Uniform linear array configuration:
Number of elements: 64
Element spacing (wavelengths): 1
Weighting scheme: hamming
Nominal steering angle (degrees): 45
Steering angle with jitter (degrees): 44.678
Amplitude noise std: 0.05
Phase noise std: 0.05

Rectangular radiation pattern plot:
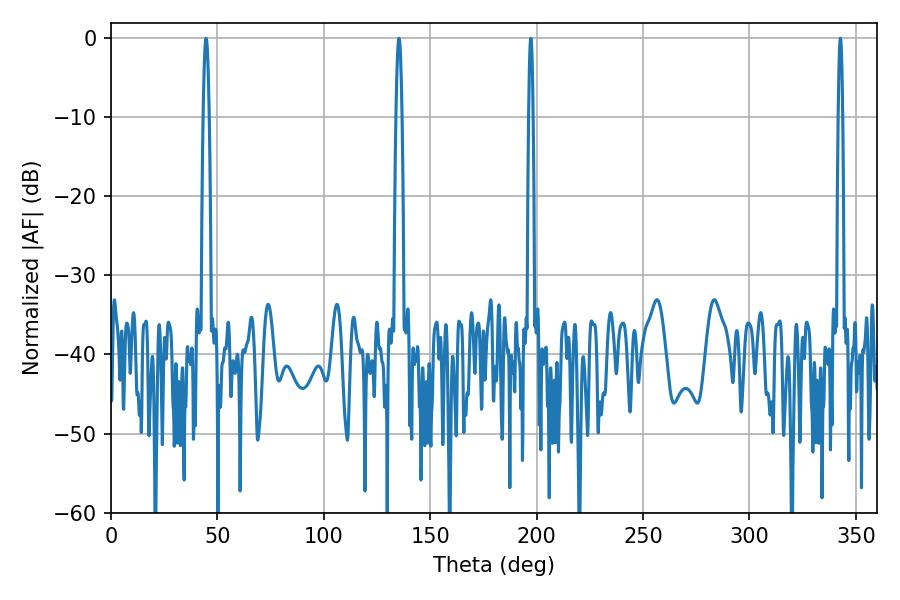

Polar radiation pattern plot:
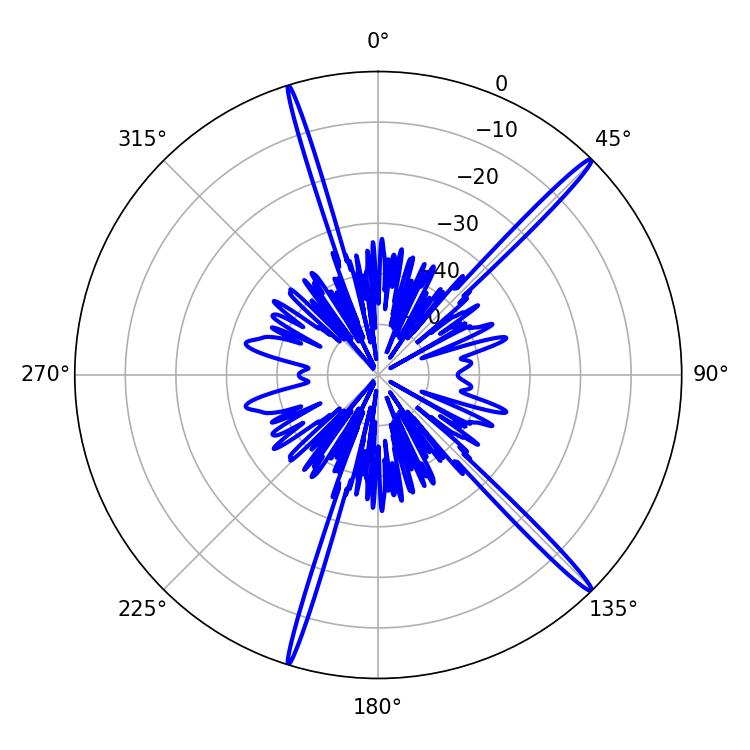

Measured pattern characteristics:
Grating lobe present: TRUE
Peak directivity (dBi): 18.368
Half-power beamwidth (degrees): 1.08
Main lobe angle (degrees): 197.28